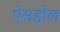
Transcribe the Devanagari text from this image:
ऐसहोल